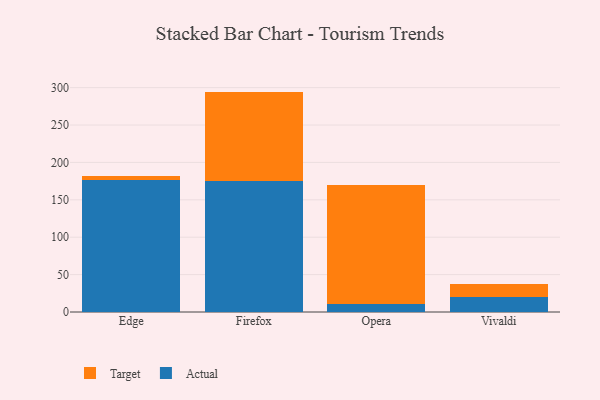
{"axis": {"x": "Browser", "y": "Revenue (USD Million)"}, "legend": ["Actual", "Target"], "data": [{"x": "Edge", "y": 175.9, "type": "Actual"}, {"x": "Edge", "y": 6.3, "type": "Target"}, {"x": "Firefox", "y": 175.4, "type": "Actual"}, {"x": "Firefox", "y": 119.3, "type": "Target"}, {"x": "Opera", "y": 10.6, "type": "Actual"}, {"x": "Opera", "y": 158.6, "type": "Target"}, {"x": "Vivaldi", "y": 20.4, "type": "Actual"}, {"x": "Vivaldi", "y": 16.7, "type": "Target"}]}